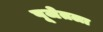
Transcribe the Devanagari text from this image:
पूजेतला